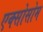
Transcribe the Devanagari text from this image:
एक्सोसोम